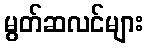
မွတ်ဆလင်များ